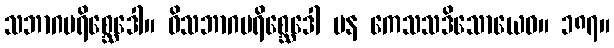
သဘာဂပရိစ္ဆေဒေါ။ ဝိသဘာဂပရိစ္ဆေဒေါ ပန ကေသသဒိသောယေဝ။ ၁၈၇။